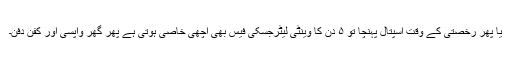
یا پھر رخصتی کے وقت اسپتال پہنچا تو ۵ دن کا وینٹی لیٹرجسکی فیس بھی اچھی خاصی ہوتی ہے پھر گھر واپسی اور کفن دفن۔